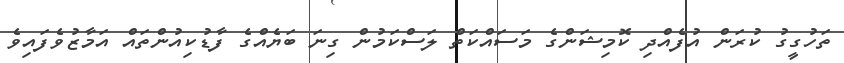
ތަހުގީގު ކުރަން އުފެއްދި ކޮމިޝަންގެ މަަސައްކަތް ލަސްކަމުން ގިނަ ބަޔެއްގެ ފާޑުކިއުންތައް އަމާޒުވެފައިވެ